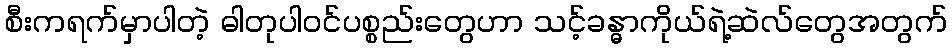
စီးကရက်မှာပါတဲ့ ဓါတုပါဝင်ပစ္စည်းတွေဟာ သင့်ခန္ဓာကိုယ်ရဲ့ဆဲလ်တွေအတွက်